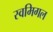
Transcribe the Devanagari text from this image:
स्वमिगल